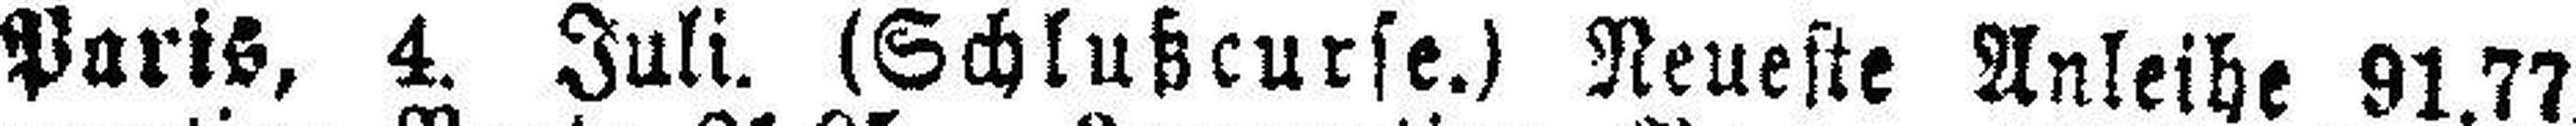
Paris, 4. Juli. (Schlußcurse.) Neueste Anleihe 91.77.